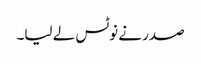
صدر نے نوٹس لے لیا۔